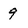
Character: q